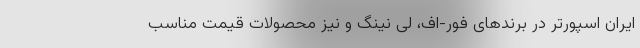
ایران اسپورتر در برندهای فور-اف، لی نینگ و نیز محصولات قیمت مناسب